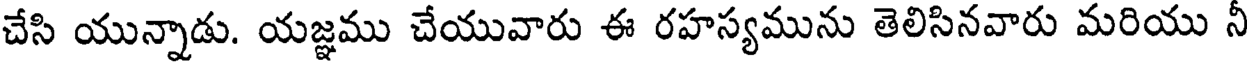
చేసి యున్నాడు. యజ్ఞము చేయువారు ఈ రహస్యమును తెలిసినవారు మరియు నీ